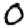
Digit: 0